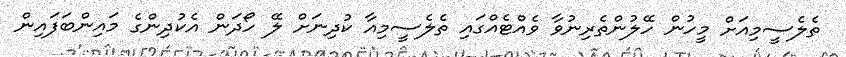
ތެލެސީމިއަށް މީހުން ހޭލުންތެރިނުވާ ވެއްޓެއްގައި ތެލެސީމިއާ ކުދިނަށް ލޭ ހޯދަން އެކުދިންގެ މައިންބަފައިން